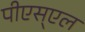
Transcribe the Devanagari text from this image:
पीएस्एल